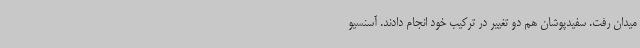
میدان رفت. سفیدپوشان هم دو تغییر در ترکیب خود انجام دادند. آسنسیو